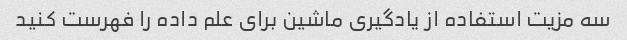
سه مزیت استفاده از یادگیری ماشین برای علم داده را فهرست کنید